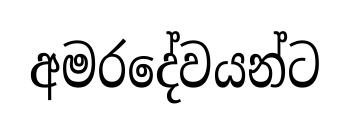
අමරදේවයන්ට